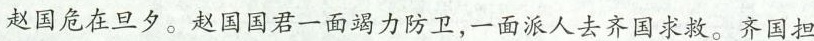
赵国危在旦夕。赵国国君一面竭力防卫，一面派人去齐国求救。齐国担